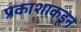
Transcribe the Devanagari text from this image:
प्रकाशाकडून